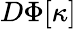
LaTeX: D\Phi[\kappa]